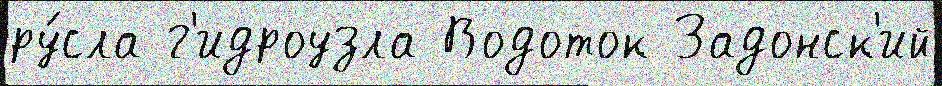
ру́сла г'идроузла Водоток Задонск'ий